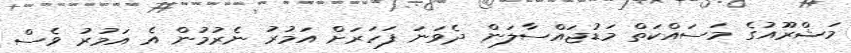
މަޝްރޫއުގެ މަސައްކަތް މަޑުޖައްސާލަން ދެވަނަ ފަހަރަށް އަމުރު ނެރުމުން އެ އަމުރު ވެސް